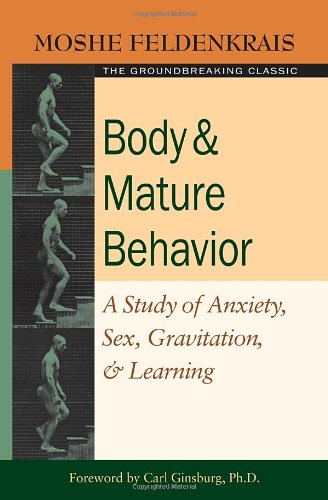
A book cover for Body and Mature Behavior: A Study of Anxiety, Sex, Gravitation, and Learning; Moshe Feldenkrais; Health, Fitness & Dieting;